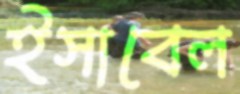
ইসাবেল